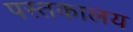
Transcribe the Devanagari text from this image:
पस्तकालय